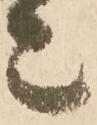
々